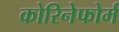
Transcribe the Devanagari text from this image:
कोरिनेफोर्म